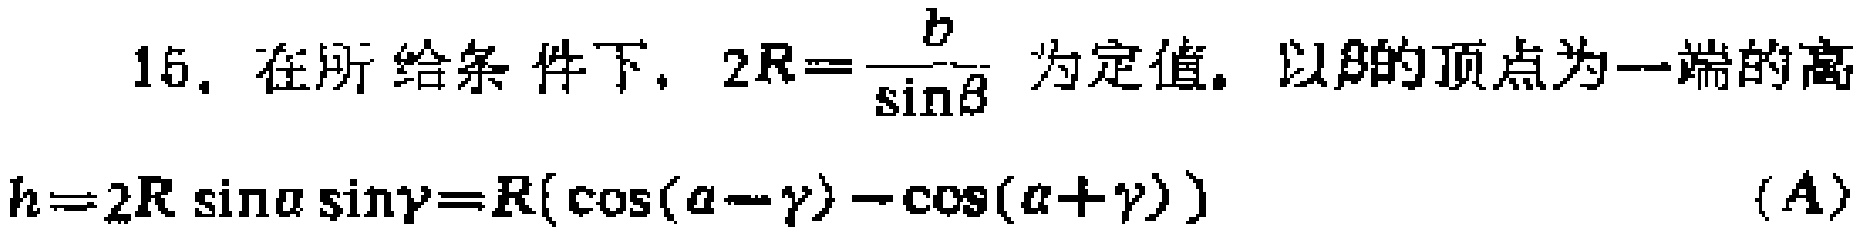
15. 在所给条件下，\(2R = \frac{b}{\sin\beta}\) 为定值。以\(\beta\)的顶点为一端的高
\(h = 2R\sin\alpha\sin\gamma=R(\cos(\alpha - \gamma)-\cos(\alpha + \gamma))\)  （A）